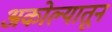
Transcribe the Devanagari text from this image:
अकोल्यातून